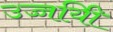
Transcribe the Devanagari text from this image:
उज्जयिी